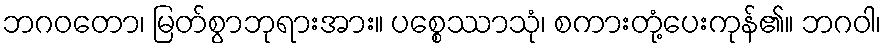
ဘဂဝတော၊ မြတ်စွာဘုရားအား။ ပစ္စေဿာသုံ၊ စကားတုံ့ပေးကုန်၏။ ဘဂဝါ၊